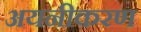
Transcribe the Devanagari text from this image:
अयनीकरण